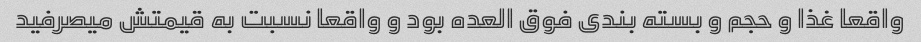
واقعا غذا و حجم و بسته بندی فوق العده بود و واقعا نسبت به قیمتش میصرفید